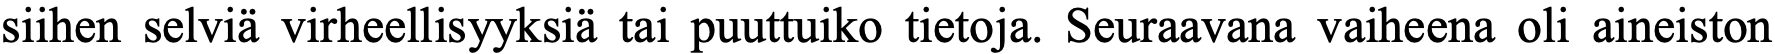
siihen selviä virheellisyyksiä tai puuttuiko tietoja. Seuraavana vaiheena oli aineiston